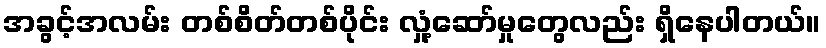
အခွင့်အလမ်း တစ်စိတ်တစ်ပိုင်း လှုံ့ဆော်မှုတွေလည်း ရှိနေပါတယ်။